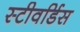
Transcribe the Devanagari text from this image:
स्‍टीवर्डिस